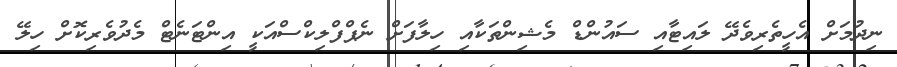
ނިދުމަށް އެހީތެރިވެދޭ ލައިޓާއި ސައުންޑް މެޝިންތަކާއި ހިލާފަށް ނެޕްފްލިކްސްއަކީ އިންޓަނެޓް މެދުވެރިކޮށް ހިލޭ